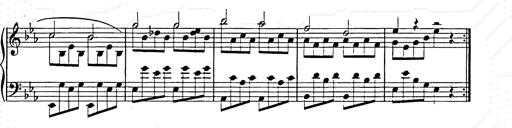
Title: Allegro di bravura
Composer: Carl Maria von Weber
Key: D major